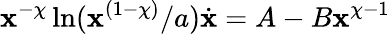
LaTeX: \mathbf{x}^{-\chi}\ln(\mathbf{x}^{(1-\chi)}/a)\dot{{\mathbf{x}}}=A-B\mathbf{x}^{\chi-1}